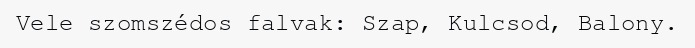
Vele szomszédos falvak: Szap, Kulcsod, Balony.